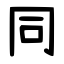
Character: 同